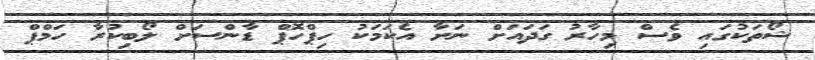
ޝޯތަކުގައި ވެސް މިހާރު ގަދައަށް ނަށާ އެކަމަކު ހިޕްހޮޕް ޑާންސަށް ލޯބިކުރާ ހަމްޕް